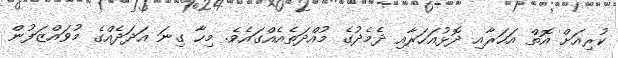
ކުރިއަށް އޮތް އަހަރާއި ދޮޅުއަހަރާއި ދެމެދުގެ މުއްދަތެއެއްގައެވެ. މިހާ ގިނަ އަދަދެއްގެ މުވައްޒަފުން